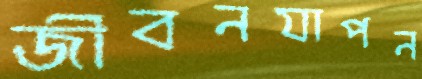
জীবনযাপন